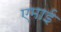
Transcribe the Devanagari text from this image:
एमाई